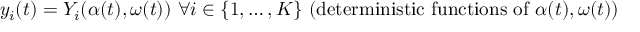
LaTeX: y _ { i } ( t ) = Y _ { i } ( \alpha ( t ) , \omega ( t ) ) { \mathrm { ~ } } \forall i \in \{ 1 , \ldots , K \} { \mathrm { ~ ( d e t e r m i n i s t i c ~ f u n c t i o n s ~ o f ~ } } \alpha ( t ) , \omega ( t ) { \mathrm { ) } }